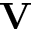
\mathbf { V }